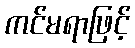
ကင်မရာဖြင့်